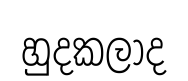
හුදකලාද